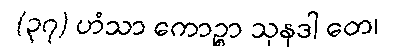
(၃၇) ဟံသာ ကောဉ္စာ သုနဒါ တေ၊